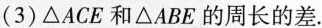
(3)\triangle ACE和\triangle ABE的周长的差；